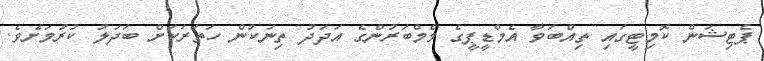
ޕެޓިޝަން ކޮމިޓީގައި ތިއްބަވާ އެމްޑީޕީގެ މެމްބަރުންގެ އަދަދު ތިނަކުން ހަތަރަކަށް ބަދަލު ކުރުމަށެވެ.